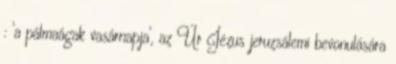
: ‘a pálmaágak vasárnapja’, az Úr Jézus jeruzsálemi bevonulására